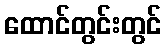
ထောင်တွင်းတွင်